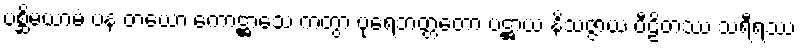
ပစ္ဆိမယာမံ ပန တယော ကောဋ္ဌာသေ ကတွာ ပုရေဘတ္တတော ပဋ္ဌာယ နိသဇ္ဇာယ ပီဠိတဿ သရီရဿ